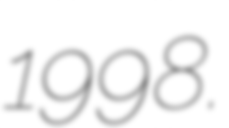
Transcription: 1998.